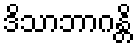
ဒိသာဘာဂန္တိ